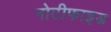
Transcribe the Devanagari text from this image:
नोटीफाइड